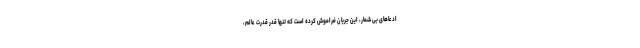
ادعاهای بی شمار، این جریان فراموش کرده است که تنها قدر قدرت عالم،